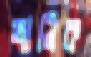
খানিক